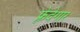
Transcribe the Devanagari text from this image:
फ़्रेदेगार